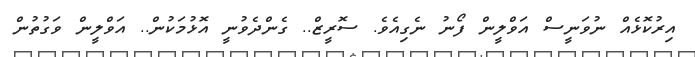
އިރުކޮޅެއް ނުވަނީސް އަވްލީން ފޯނު ނެގިއެވެ. ސޮރީޒް.. ގެންދެވުނީ އޮޅުމަކުން.. އަވްލީން ވަގުތުން